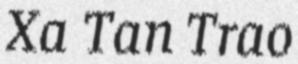
Xa Tan Trao